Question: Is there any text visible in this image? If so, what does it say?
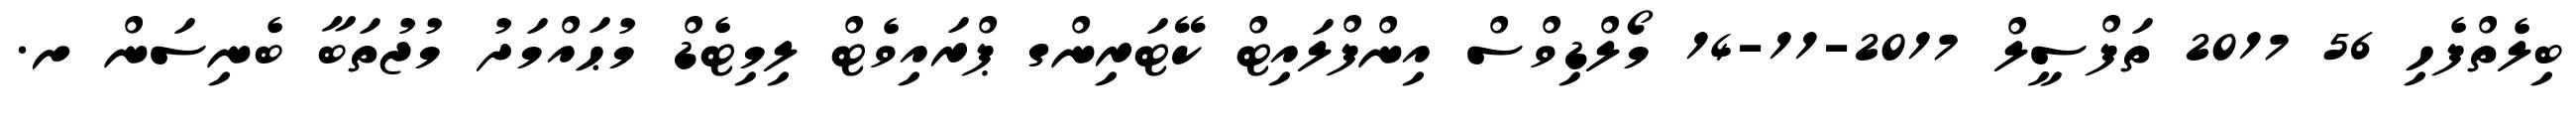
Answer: ބިލެތްފެހި 56 2017 ތަފްސީލް 2017-11-14 މޯލްޑިވްސް އިންފްލައިޓް ކޭޓަރިންގ ޕްރައިވެޓް ލިމިޓެޑް މުޙައްމަދު މުޖުތަބާ ބެނިސަން ށ.